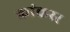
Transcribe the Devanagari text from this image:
कांकरर